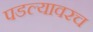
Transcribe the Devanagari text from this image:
पडल्यावरच